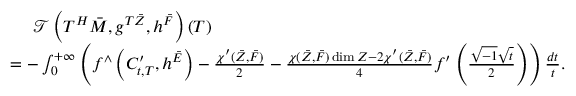
\begin{array} { r l } & { \ \ \ \ \mathcal { T } \left( T ^ { H } \bar { M } , g ^ { T { \bar { Z } } } , h ^ { \bar { F } } \right) ( T ) } \\ & { = - \int _ { 0 } ^ { + \infty } \left( f ^ { \wedge } \left( C _ { t , T } ^ { \prime } , h ^ { \bar { E } } \right) - \frac { \chi ^ { \prime } ( { \bar { Z } } , \bar { F } ) } { 2 } - \frac { \chi ( { \bar { Z } } , \bar { F } ) \dim Z - 2 \chi ^ { \prime } ( { \bar { Z } } , \bar { F } ) } { 4 } f ^ { \prime } \left( \frac { \sqrt { - 1 } \sqrt { t } } { 2 } \right) \right) \frac { d t } { t } . } \end{array}